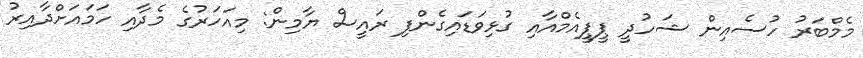
މެމްބަރު ހުސެއިން ޝަހުދީ ޕީޕީއެމްއާއި ގުޅިވަޑައިގެންފި ރައީސް ޔާމިން: މިއަހަރުގެ މެދާއި ހަމައަށްދާއިރު